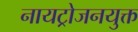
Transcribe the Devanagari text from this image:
नायट्रोजनयुक्त